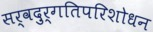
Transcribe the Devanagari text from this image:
सर्वदुर्गतिपरिशोधन